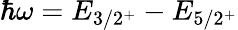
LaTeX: \hbar\omega=E_{3/2^{+}}-E_{5/2^{+}}